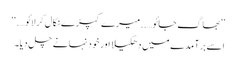
’’بھاگ جائو…..میرے کپڑے نکال کر لائو….‘‘
اسے برآمدے میں دھکیلا اور خود نہانے چل دیا۔